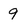
Character: 9